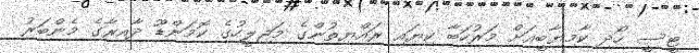
ޓީސީ ހޯދި ކާމިޔާބީއަށް މަރުހަބާ ކިޔައި ރައްޔިތުންގެ މަޖިލީހުގެ ކޮމަންޑޫ ދާއިރާގެ މެންބަރު